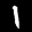
Label: 1